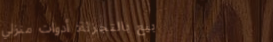
بيع بالتجزئة: أدوات منزلي